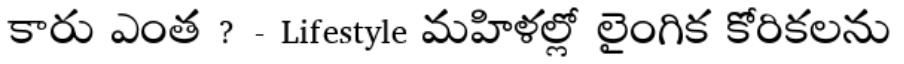
కారు ఎంత ? - Lifestyle మహిళల్లో లైంగిక కోరికలను